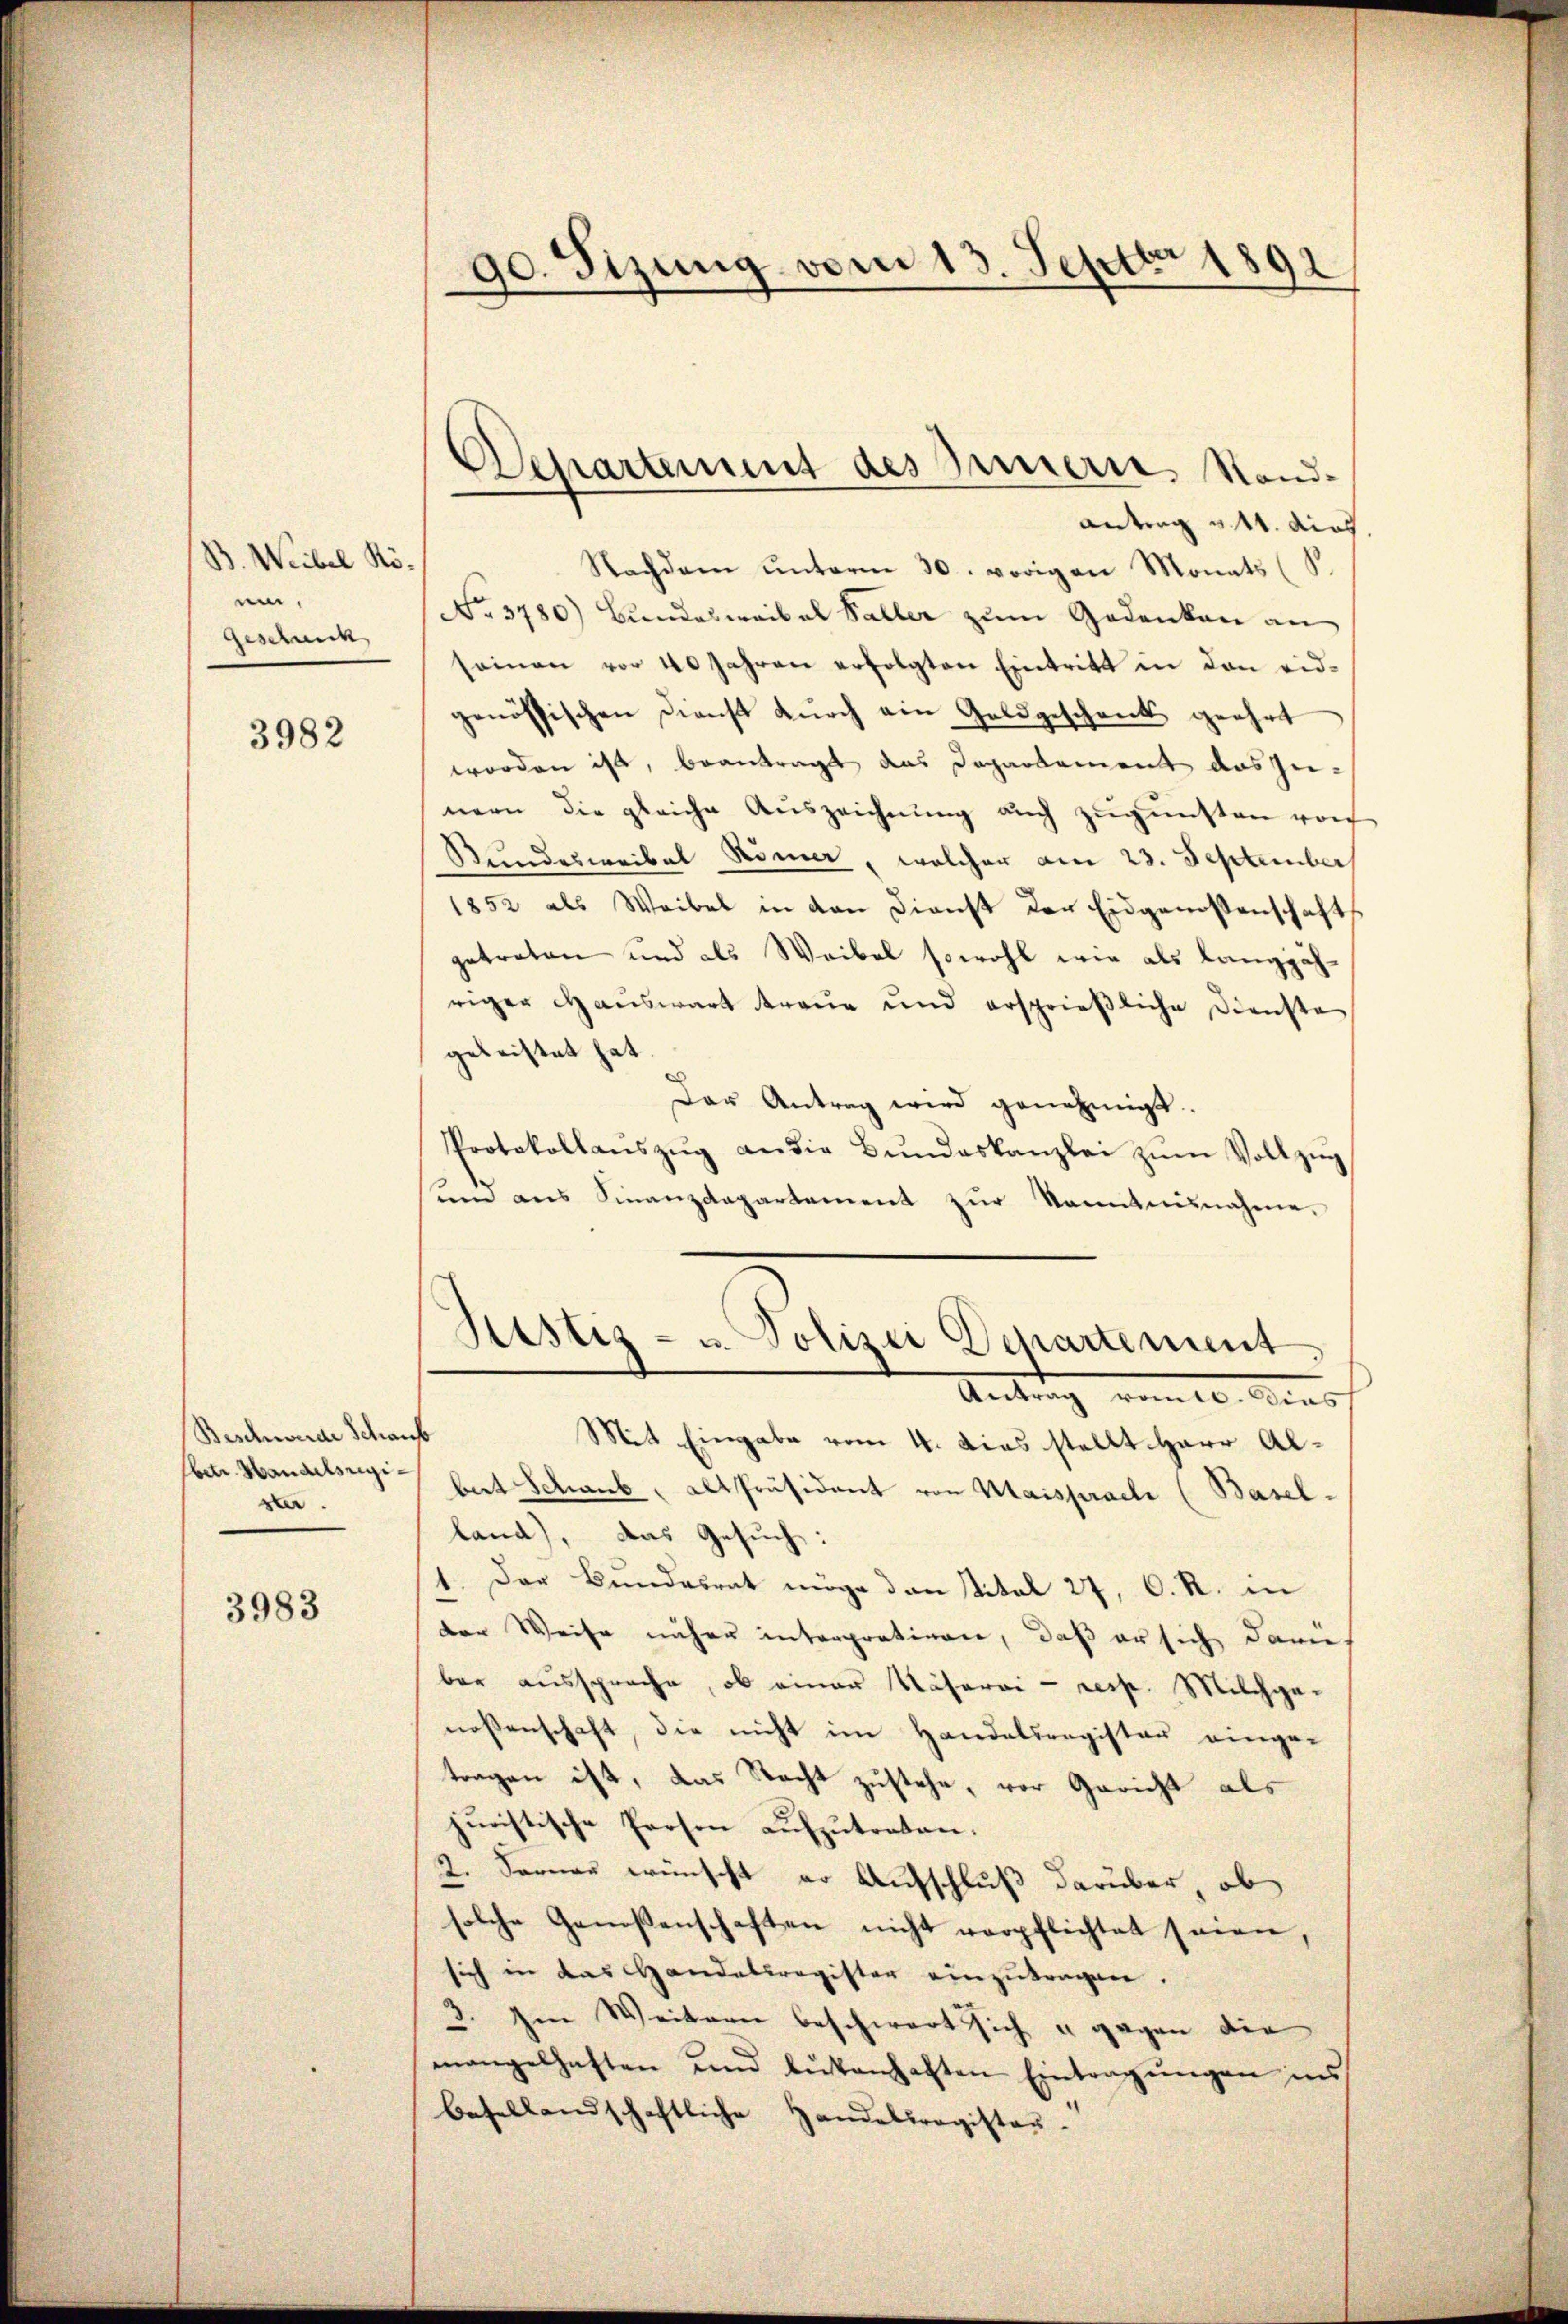
B. Weibel Köui,
Geschick

3982

Beschwerde Schaub
betr. Handelsregiste.

3983

90. Sitzung vom 13. Septbr 1892

Departement des Innern, Stand-

antrag u. 11. dies
Nachdem ŭnterm 30. vorigen Monats (S.
No. 3780) Bundeswaibel Paller zum Gedanken an
seinen vor 40 Jahren erfolgten Eintritt in den eidgenössischen Dienst dŭrch ein Goldgeschenk geehrt
worden ist, beantragt das Departement auszunern die gleiche Aŭszeichnŭng auch zŭgŭnsten von
Stundesweibel Römer, welcher am 23. September
1852 als Waibel in den Dienst der Eidgenossenschafts
getreten und als Weibel sowohl wie als langjähriger Hauswart treue und ersprieβliche Dienste
geleistet hat
Der Antrag wird genehmigt.
Protokollanszŭg an die Bŭndeskanzlei zŭm Vollzŭg
um ans Finanzdepartement zŭr Kenntnisnahme,
Ristiz- u. Polizei Departement,
Antrag vom 10. Auss
Mit Eingabe vom 4. das stellt Herr Albet Schaub, AltPräsident von Maisprache (Basel-
land), das Gesuch:
1. Der Bundesrat möge den titel 27, C. R. in
der Weise näher interprativen, daß er sich damier
ber aussprache, ob einer Näherei - resp. Milchge-
nossenschaft, die nicht im Handelsregister eingetragen ist, das Nacht zustehe, vor Gericht als
juristische Person aufzutreten.
2. Ferner wünscht er Aufschluß darüber, ob
solche Genossenschaften nicht verpflichtet seien
sich in das Handelsregister einzutragen.
3. Im Weitern beschwart sich u gegen die
mangelhaften und lütenhaften Eintragungen ins
besellandschaftliche Handelsregistaŭ-